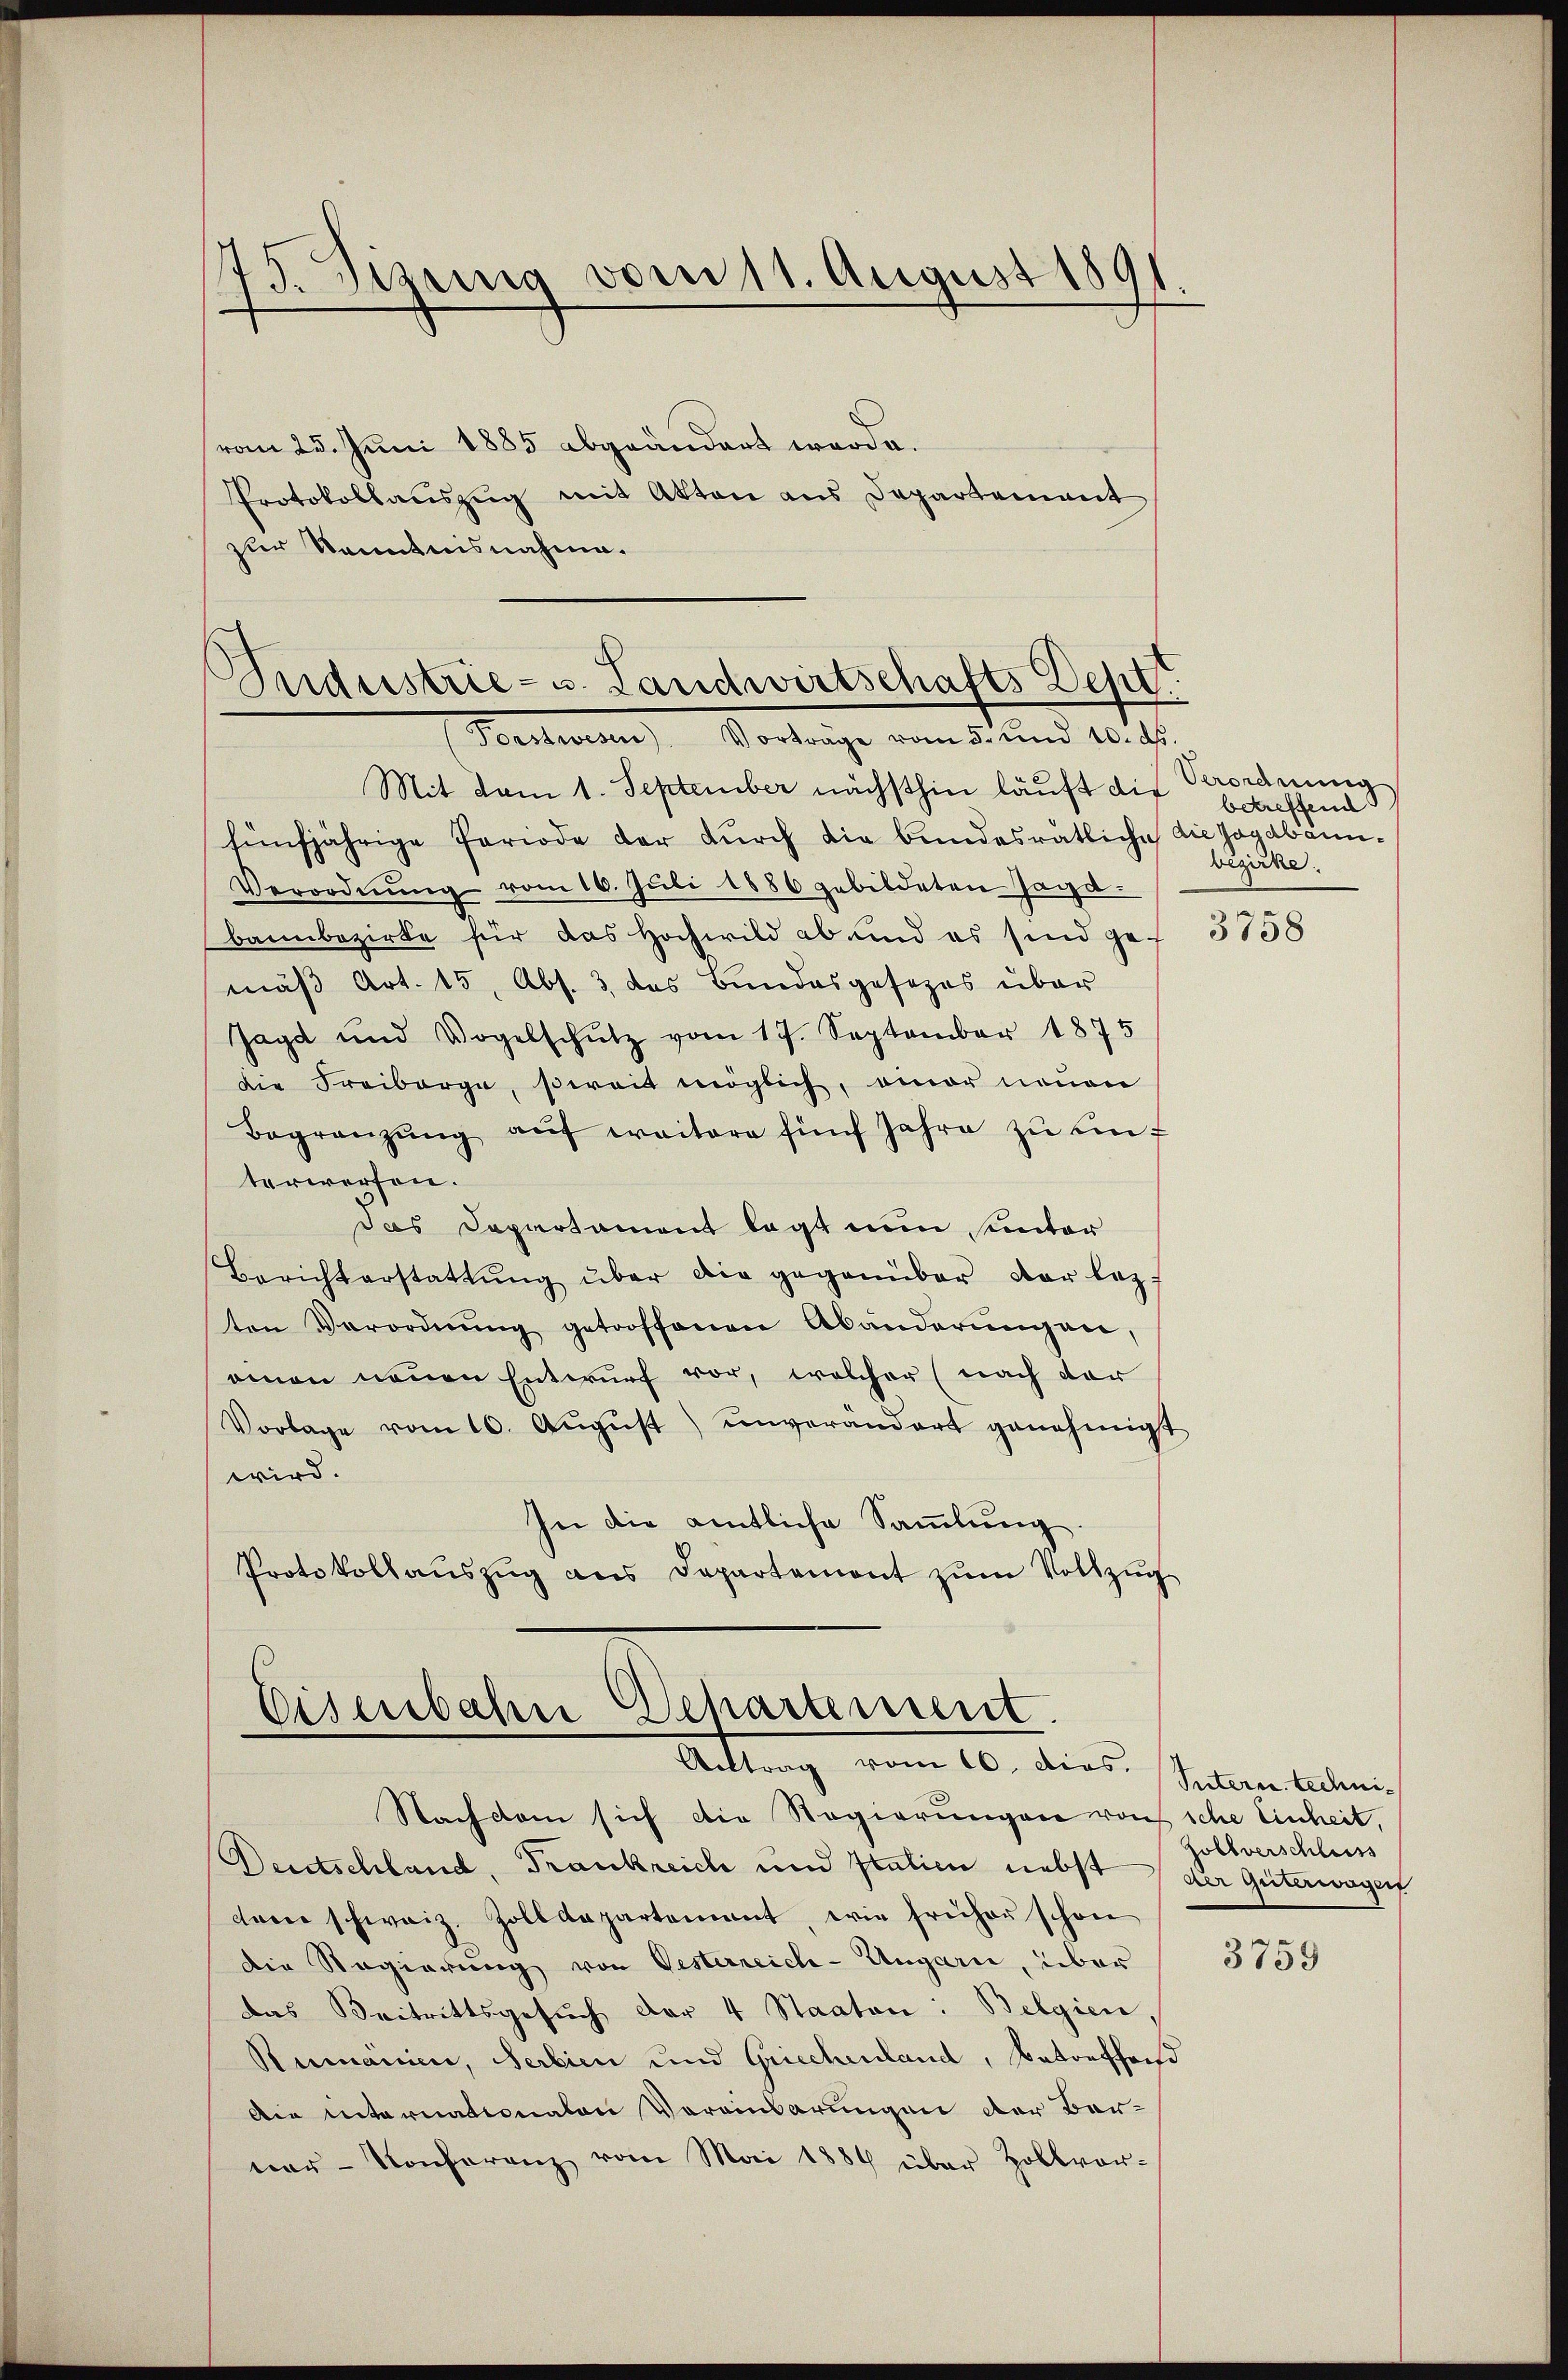
vom 25. Juni 1885 abgeändert werde.
Protokollauszug mit Akten aus Departement
zur Kenntnisnahme.

75. Sizung vom 11. August 1891.

Industrie- u. Landwirtschafts Deptt
Forstwesen Vorträge vom 5. und 10. ds.

Mit dem 1. September nächsthin läuft die
fünfjährige Periode der durch die bundesrätliche die Jagabänn¬
Verordnŭng vom 16. Jŭli 1886 gebildeten Jagd-
bannbezirke für das Hochwild ab und es sind ge- 5158
mäß Art. 15, Abs. 3 das Bundesgesezes über
Jagd und Vogelschŭtz vom 17. September 1875
die Freiberge, serait möglich, einer neuen
Begränzŭng aŭf weitere fünf Jahre zŭ einf
terworfen.
das Departament legt nun unter
Berichterstattŭng über die gegenüber der lezt
ten Verordnŭng getroffenen Abänderŭngen,
emnen neuen Entwurf vor, welcher (nach der
Vorlage vom 10. Aŭgŭst) unverandert genehmigt
wird.
In die amtliche Sammlung.
Protokoll aŭszŭg ans Departemont zŭm Vollzŭg

Eisenbahn Departement.
Antrag vom 16. dies. Intern techni¬

Nachdem sich die Regierungen von sche Einheit,
Deutschland, Frankreich und Italien nebst der Güterwagen
cane schweiz. Zolldepartement, wie früher schon
die Regierung von Oesterreich-Ungarn, über
das Beitrittsgesŭch der 4 Staaten: Belgien,
Rumänien, Serbien und Griechenland, Betreffend
Die internationalen Vereinbarungen der Ber-
ner- Konferenz vom Mai 1884 über Zollvor-

Verordnung
betreffend
bezirke.

Follverschluss

3759